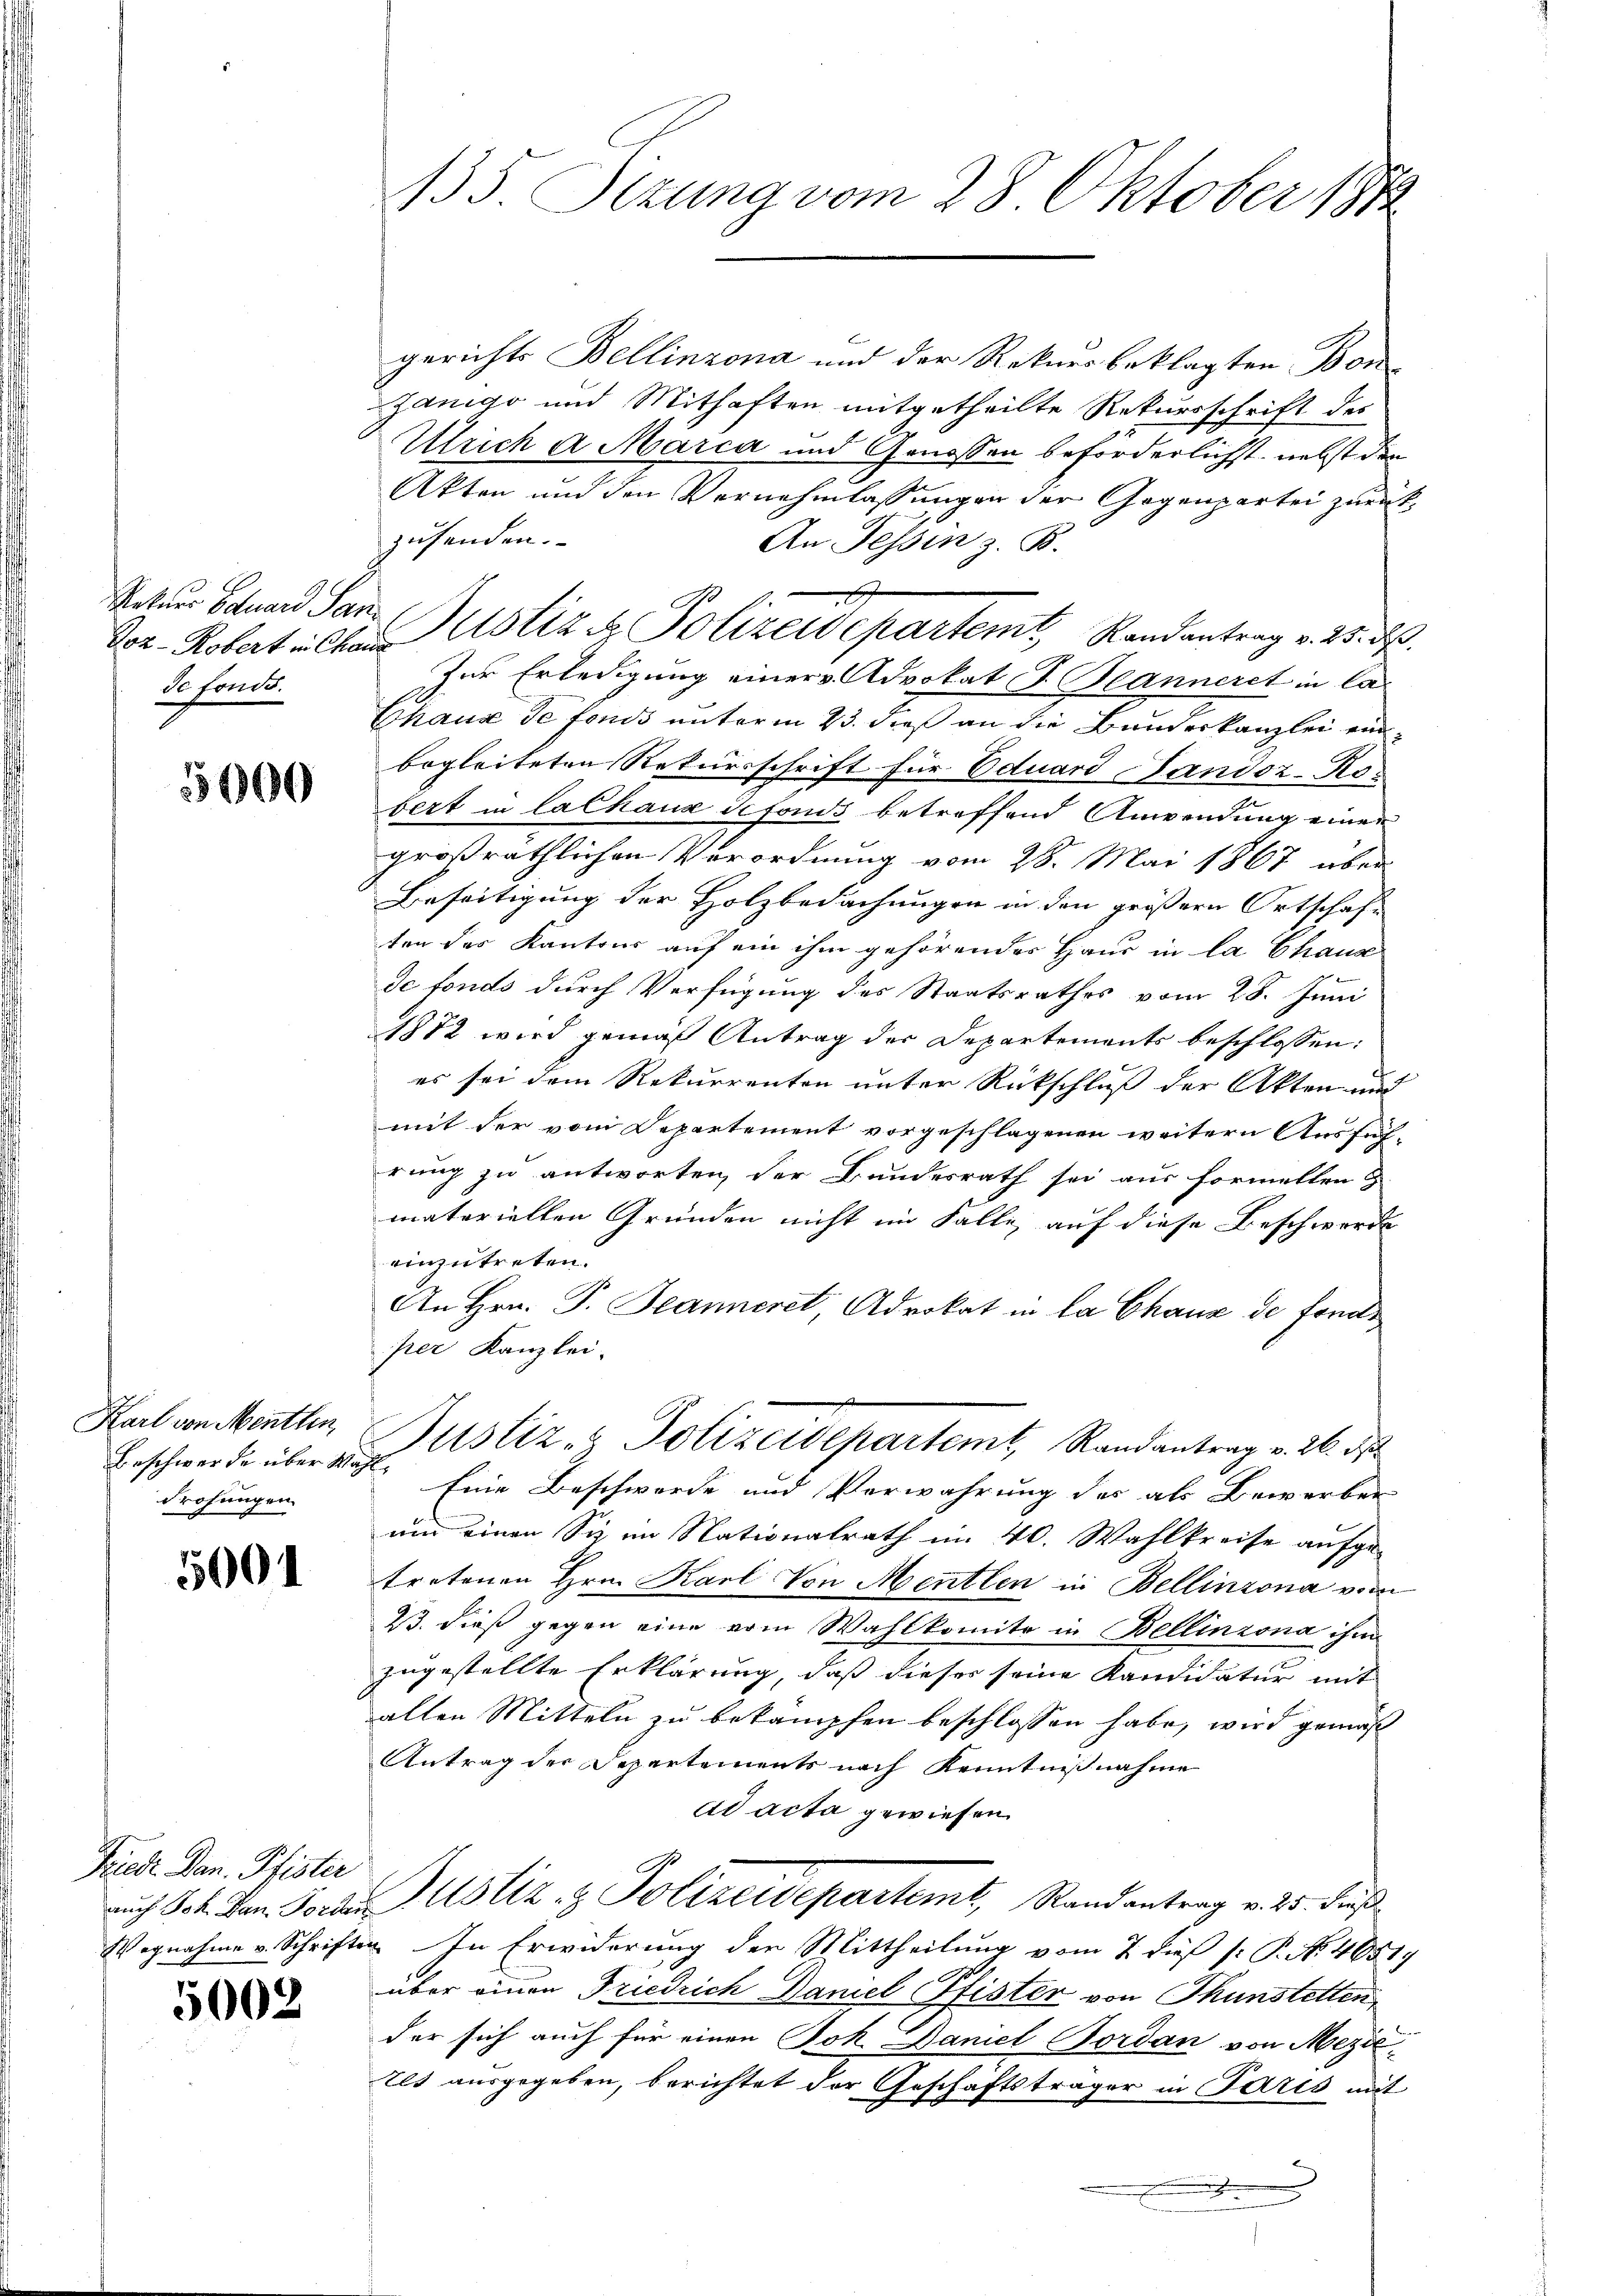
Rekurs Eduard San
de fonds.

5000

Karl von Menthin
Beschwerde über Wah
drohungen.

5004

Friedr. Jan. Pfister

5002

135. Sizung vom 28 Oktober 1890

gerichts Bellinzona und der Rekurs beklagten Bon¬
Zanigo und Mithaften mitgetheilte Rekursschrift des
Ulrich a Marca und Genossen beforderlichst, nebst den
Akten und den Vernehmlassungen der Gegenpartei zurückzusenden.
An Tessin z. B.
Zur Erledigung einer Advokat I. Beanneret in Ca¬
Chaus de fonds unterm 23. dieß an die Bundeskanzlei einbegleiteten Rekursschrift für Eduard Landoz-Ros
bert in lalhaus defonds betreffend Anwendung einen
größräthlichen Verordnung vom 28. Mai 1867 über
Beseitigung der Holzbedachungen in den größern Ortschaft
ten des Kantons auf ein ihm gehörendes Haus in la Chaux
de fondo durch Verfügung des Staatsrathes vom 28. Juni
1872 wird gemäß Antrag der Departements beschlossen:
es sei dem Rekurrenten unter Rückschluß der Akten und
mit der vom Departement vorgeschlagenen weitern Ausführung zu antworten, der Bundesrath sei aus formellen
matariellen Gründen nicht im Falle, auf diese Beschwerde
einzutreten.
An Hrn. P. Jeanneret, Advokat in la Chaux de fonds
per Kanzlei-
Justiz - Polizeidepartemt, Randantrag v. 26. d
“ Eine Beschwerde und Verwahrung des als Bewerben
und einen Sie im Nationalrath im 40. Wahlkreise aufge-
tretenen Hrn. Karl von Mentlen in Bellinzona vom
23. dieß gegen eine vom Wahlkomite in Bellinzona ihm
zugestellte Erklärung, daß dieser seine Kandidatur mit
alten Mitteln zu bekämpfen beschlossen habe, wird gemäß
Antrag der Separtements nach Kenntnißnahme
ad acta gewiesen.
auch St. Jan. Forden Justiz & Polizeidepartemt, Randantrag v. 25. Fuß
Wegnahme v. Schriften In Erwiderung der Mittheilung vom 7 dieß (: P. N. 40517
über einen Friedrich Daniel Pfister von Thunstetten
der sich auch für einen Joh. Daniel Pordan von Mezi¬
Ils ausgegeben, berichtet der Geschäftsträger in Paris mit

Vor- Kobert alten Notiz & Polizeidepartemt, Randantrag v. 25. d.